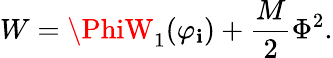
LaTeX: W=\PhiW_{1}(\varphi_{\mathbf{i}})+\frac{{M}}{{2}}\Phi^{2}.